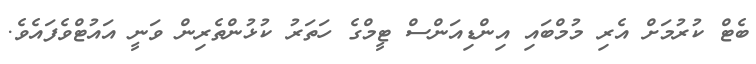
ބެޓް ކުރުމަށް އެރި މުމްބައި އިންޑިއަންސް ޓީމްގެ ހަތަރު ކުޅުންތެރިން ވަނީ އައުޓްވެފައެވެ.